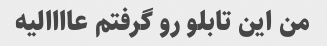
من این تابلو رو گرفتم عاااالیه